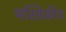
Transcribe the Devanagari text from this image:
मस्तिकीय